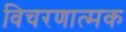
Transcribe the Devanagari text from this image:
विचरणात्मक